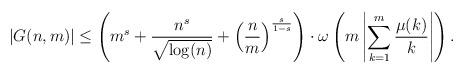
LaTeX: \begin{align*}|G(n,m)| \leq \left(m^s + \frac{n^s}{\sqrt{\log(n)}} + \left(\frac{n}{m}\right)^{\frac{s}{1-s}} \right) \cdot \omega\left(m \left|\sum_{k=1}^m \frac{\mu(k)}{k}\right|\right).\end{align*}